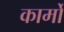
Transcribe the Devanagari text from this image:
कार्मों